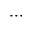
\cdots